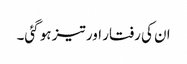
ان کی رفتار اور تیز ہو گئی۔